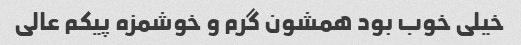
خیلی خوب بود همشون گرم و خوشمزه پیکم عالی